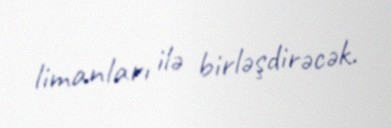
limanları ilə birləşdirəcək.